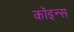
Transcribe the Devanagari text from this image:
कॉइन्स